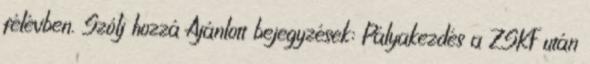
félévben. Szólj hozzá Ajánlott bejegyzések: Pályakezdés a ZSKF után